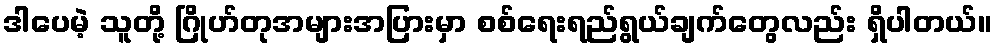
ဒါပေမဲ့ သူတို့ ဂြိုဟ်တုအများအပြားမှာ စစ်ရေးရည်ရွယ်ချက်တွေလည်း ရှိပါတယ်။